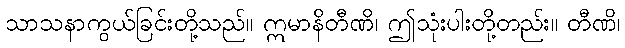
သာသနာကွယ်ခြင်းတို့သည်။ ဣမာနိတီဏိ၊ ဤသုံးပါးတို့တည်း။ တီဏိ၊